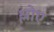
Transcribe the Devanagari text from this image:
श्लोए